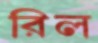
রিল